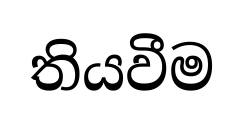
තියවීම